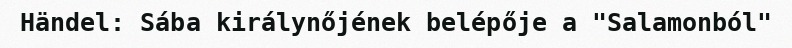
Händel: Sába királynőjének belépője a "Salamonból"